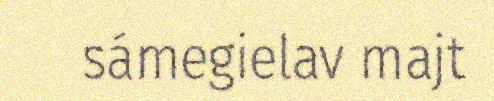
sámegielav majt